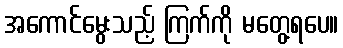
အကောင်မွေးသည့် ကြက်ကို မတွေ့ရပေ။